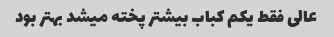
عالی فقط یکم کباب بیشتر پخته میشد بهتر بود